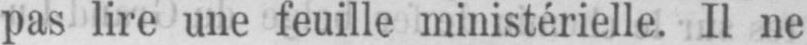
pas lire une feuille ministérielle. Il ne